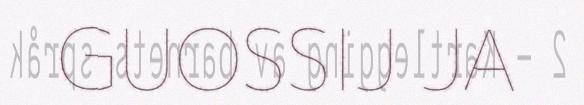
GUOSSIJ JA